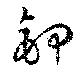
鉀